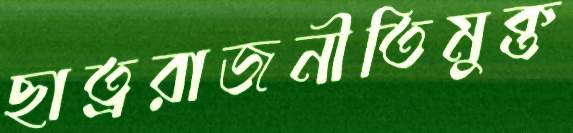
ছাত্ররাজনীতিমুক্ত